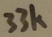
Text: 33K